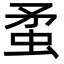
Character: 䖥